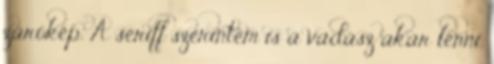
zárókép. A seriff szerintem is a vadász akar lenni.